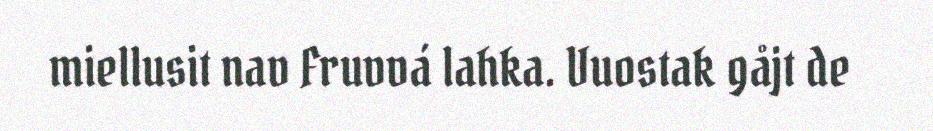
miellusit nav Fruvvá lahka. Vuostak gåjt de